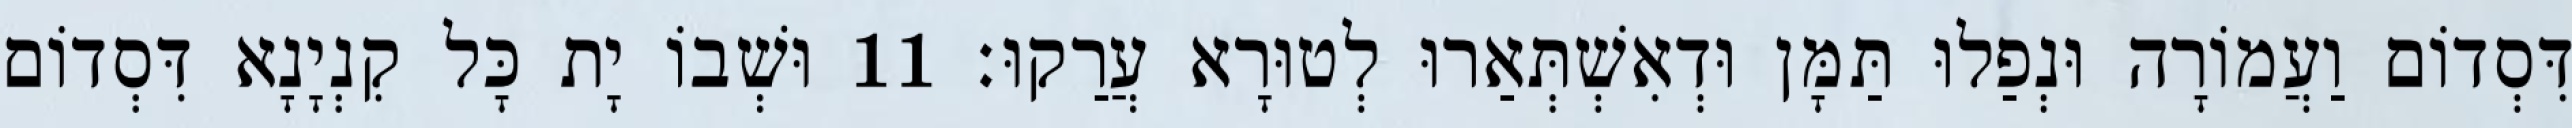
דִּסְדוֹם וַעֲמוֹרָה וּנְפַלוּ תַּמָּן וּדְאִשְׁתְּאַרוּ לְטוּרָא עֲרַקוּ׃ 11 וּשְׁבוֹ יָת כָּל קִנְיָנָא דִּסְדוֹם